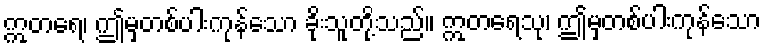
ဣတရေ၊ ဤမှတစ်ပါးကုန်သော ခိုးသူတို့သည်။ ဣတရေသု၊ ဤမှတစ်ပါးကုန်သော